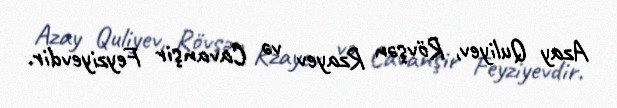
Azay Quliyev, Rövşən Rzayev və Cavanşir Feyziyevdir.